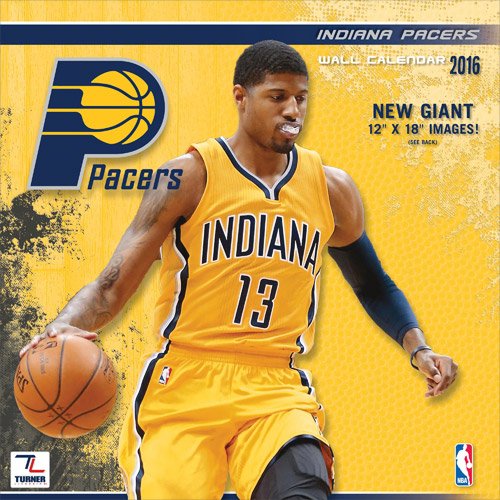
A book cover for Indiana Pacers 2016 Calendar; Calendars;